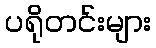
ပရိုတင်းများ